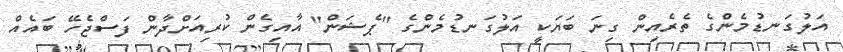
އަލުގަނޑުމެންގެ ތެރެއިން ގިނަ ބަޔަކީ އަލުގަނޑުމެންގެ "ޕެޝަން" އާއިގެން ކުރިއަށްދާން ފަސްޖެހޭ ބައެއް